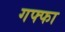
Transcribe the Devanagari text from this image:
गफ्फा